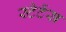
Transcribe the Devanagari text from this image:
स्टेटेंस